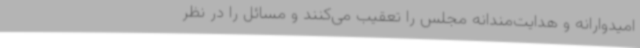
امیدوارانه و هدایت‌مندانه مجلس را تعقیب می‌کنند و مسائل را در نظر